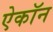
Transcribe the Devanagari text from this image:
ऐकॉन